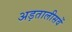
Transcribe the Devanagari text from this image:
अड़तालीसवें